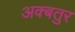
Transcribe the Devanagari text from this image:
अक्बतुर